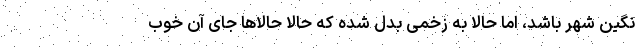
نگین شهر باشد، اما حالا به زخمی بدل شده که حالا حالاها جای آن خوب